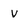
Character: V